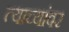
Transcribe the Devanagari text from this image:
त्याच्यांवर